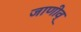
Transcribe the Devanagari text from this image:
जाणीव्